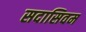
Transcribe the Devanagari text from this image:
सदासिवम